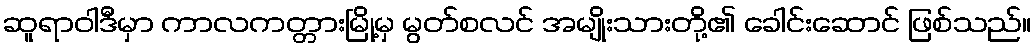
ဆူရာဝါဒီမှာ ကာလကတ္တားမြို့မှ မွတ်စလင် အမျိုးသားတို့၏ ခေါင်းဆောင် ဖြစ်သည်။